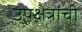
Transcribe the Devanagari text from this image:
उपक्षेत्रांची